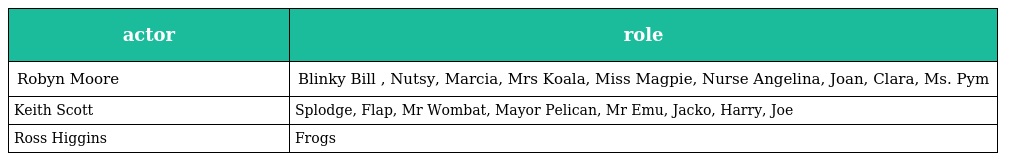
| actor | role |
 | --- | --- |
 | Robyn Moore | Blinky Bill , Nutsy, Marcia, Mrs Koala, Miss Magpie, Nurse Angelina, Joan, Clara, Ms. Pym |
 | Keith Scott | Splodge, Flap, Mr Wombat, Mayor Pelican, Mr Emu, Jacko, Harry, Joe |
 | Ross Higgins | Frogs |